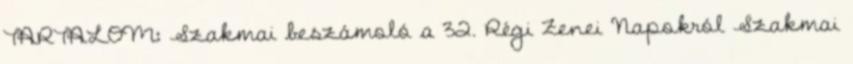
TARTALOM: Szakmai beszámoló a 32. Régi Zenei Napokról Szakmai